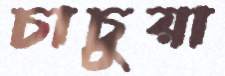
চাচুয়া